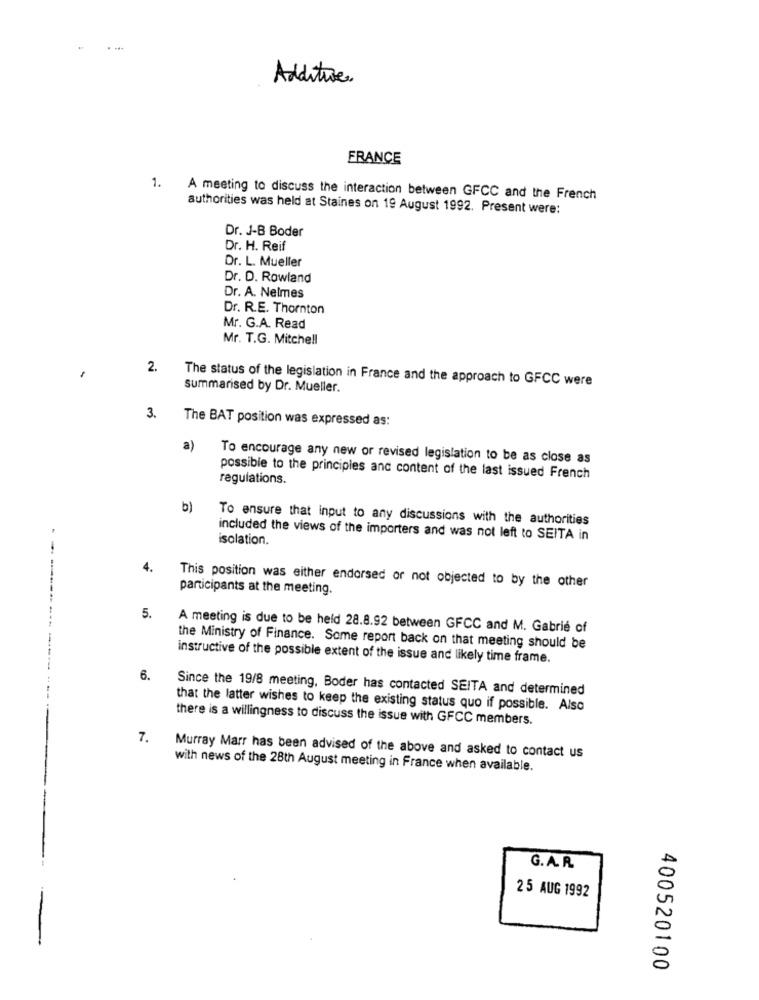
. ...
Additive.
FRANCE
1.
A meeting to discuss the interaction between GFCC and the French
authorities was held at Staines on 19 August 1992. Present were:
Dr. J-B Boder
Dr. H. Reif
Dr. L. Mueller
Dr. D. Rowland
Dr. A. Nelmes
Dr. R.E. Thornton
Mr. G.A. Read
Mr. T.G. Mitchell
2.
The status of the legislation in France and the approach to GFCC were
summarised by Dr. Mueller.
3.
The BAT position was expressed as:
a)
To encourage any new or revised legislation to be as close as
regulations.
possible to the principles and content of the last issued French
b)
To ensure that input to any discussions with the authorities
isolation.
included the views of the importers and was not left to SEITA in
4.
------
participants at the meeting.
This position was either endorsed or not objected to by the other
5.
A meeting is due to be held 28.8.92 between GFCC and M. Gabrié of
the Ministry of Finance. Some report back on that meeting should be
instructive of the possible extent of the issue and likely time frame.
6.
Since the 19/8 meeting, Boder has contacted SEITA and determined
that the latter wishes to keep the existing status quo if possible. Also
there is a willingness to discuss the issue with GFCC members.
7.
Murray Marr has been advised of the above and asked to contact us
with news of the 28th August meeting in France when available.
G. A. R.
25 AUG 1992
400520100